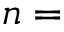
n =